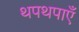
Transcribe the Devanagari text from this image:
थपथपाएँ